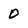
Character: 0